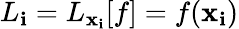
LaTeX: L_{\mathbf{i}}=L_{\textbf{{x}}_{\mathbf{i}}}[f]=f(\textbf{{x}}_{\mathbf{i}})